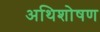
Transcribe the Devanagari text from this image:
अथिशोषण